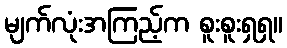
မျက်လုံးအကြည့်က စူးစူးရှရှ။